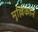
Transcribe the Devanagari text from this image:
मुल्लिकान